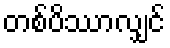
တစ်ပိဿာလျှင်